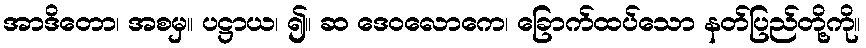
အာဒိတော၊ အစမှ။ ပဋ္ဌာယ၊ ၍။ ဆ ဒေဝလောကေ၊ ခြောက်ထပ်သော နတ်ပြည်တို့ကို။